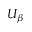
U _ { \beta }